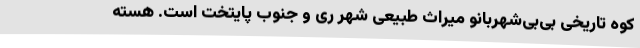
کوه تاریخی بی‌بی‌شهربانو میراث طبیعی شهر ری و جنوب پایتخت است. هسته